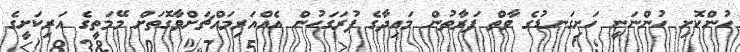
ހުންކޮށި ހުންނަނީ ހަށިގަނޑުގެ ވާތް ފަރާތުން މައިދާގެ ފުރަގަހުން އެއްއަރިމައްޗަށްވާގޮތަށް މޭމަތީގެ އަރިކަށީގެ